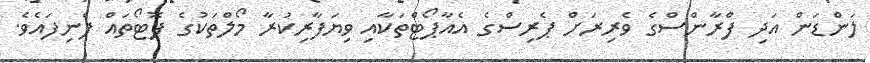
ލަންޑަން އަދި ފްރާންސްގެ ވެރިރަށް ޕެރިސްގެ އެއާޕޯޓްތަކާއި ވިޔަފާރިކުރާ މޯލްތަކުގެ ފޮޓޯތައް ފެނިފައެވެ.